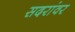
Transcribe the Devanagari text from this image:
सदरांवर